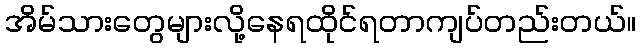
အိမ်သားတွေများလို့နေရထိုင်ရတာကျပ်တည်းတယ်။